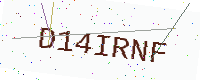
Text: D14IRNF